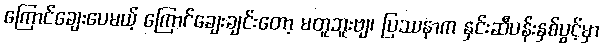
ကြောင်ချေးပေမယ့် ကြောင်ချေးချင်းတော့ မတူဘူးဗျ၊ ပြဿနာက နှင်းဆီပန်းနှစ်ပွင့်မှာ